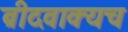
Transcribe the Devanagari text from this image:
ब्रीदवाक्यच